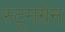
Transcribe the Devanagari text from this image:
स्ट्रमग्रेन